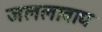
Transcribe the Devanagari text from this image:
जललावाद्य